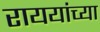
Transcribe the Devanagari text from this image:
राययांच्या